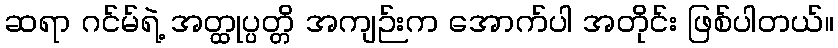
ဆရာ ဂင်မ်ရဲ့ အတ္ထုပ္ပတ္တိ အကျဉ်းက အောက်ပါ အတိုင်း ဖြစ်ပါတယ်။